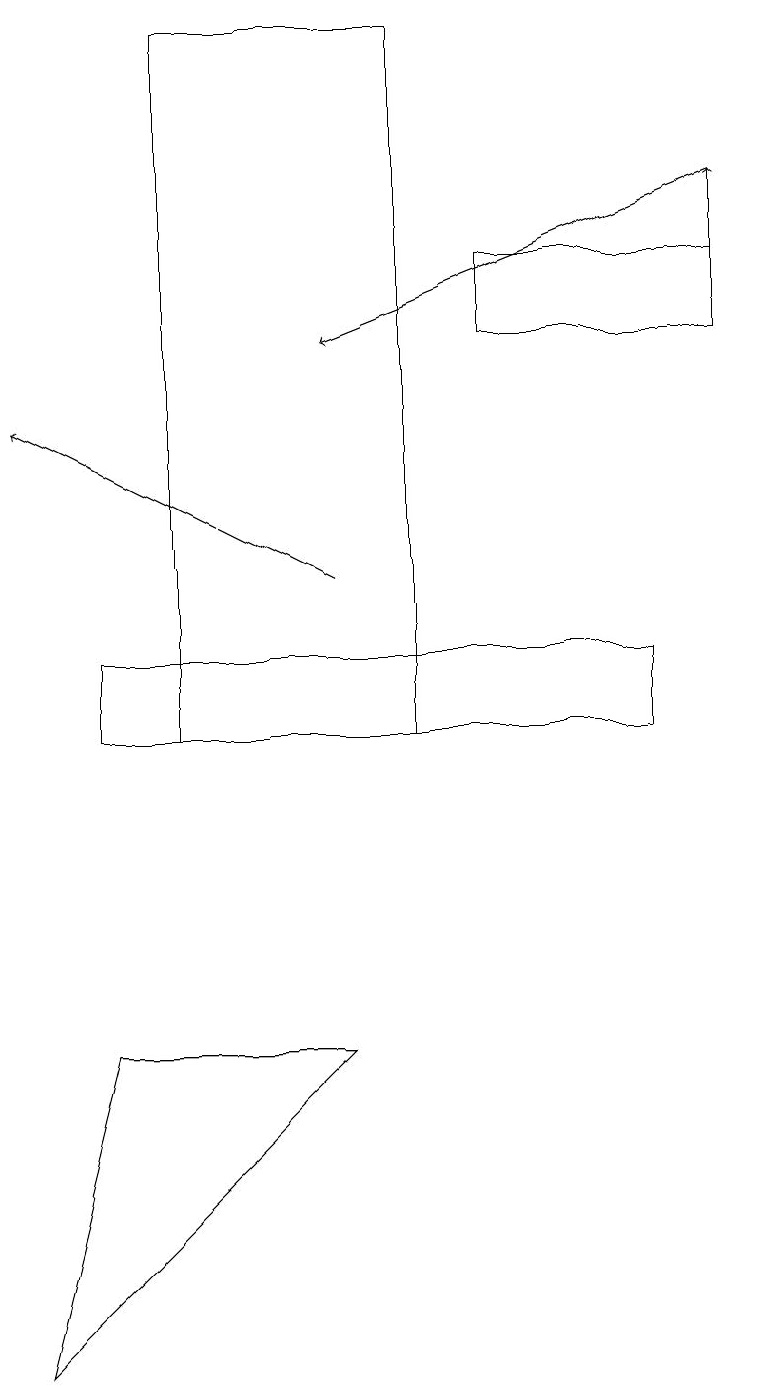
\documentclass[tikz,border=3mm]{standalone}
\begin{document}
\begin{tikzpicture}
\draw[->] (9,15) -- (9,17);
\draw (1,10) rectangle (8,11);
\draw (2,19) rectangle (5,10);
\draw[->] (4,12) -- (0,14);
\draw[->] (9,17) -- (4,15);
\draw (1,6) -- (4,6) -- (0,2) -- cycle;
\draw (9,16) rectangle (6,15);
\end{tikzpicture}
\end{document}